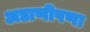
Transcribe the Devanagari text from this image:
अडाणीपणा